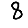
Digit: 8